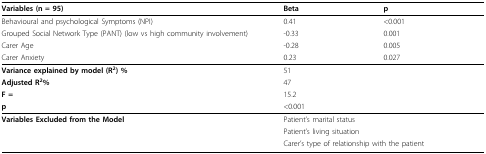
<table><thead><tr><td><b>Variables (n = 95)</b></td><td><b>Beta</b></td><td><b>p</b></td></tr></thead><tbody><tr><td>Behavioural and psychological Symptoms (NPI)</td><td>0.41</td><td>&lt; 0.001</td></tr><tr><td>Grouped Social Network Type (PANT) (low vs high community involvement)</td><td>-0.33</td><td>0.001</td></tr><tr><td>Carer Age</td><td>-0.28</td><td>0.005</td></tr><tr><td>Carer Anxiety</td><td>0.23</td><td>0.027</td></tr><tr><td><b>Variance explained by model (R</b><sup><b>2</b></sup><b>) %</b></td><td colspan="2">51</td></tr><tr><td><b>Adjusted R</b><sup><b>2</b></sup><b>%</b></td><td colspan="2">47</td></tr><tr><td><b>F = </b></td><td colspan="2">15.2</td></tr><tr><td><b>p</b></td><td colspan="2">&lt; 0.001</td></tr><tr><td><b>Variables Excluded from the Model</b></td><td colspan="2">Patient&#x27;s marital status</td></tr><tr><td></td><td colspan="2">Patient&#x27;s living situation</td></tr><tr><td></td><td colspan="2">Carer&#x27;s type of relationship with the patient</td></tr></tbody></table>